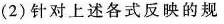
(2)针对上述各式反映的规